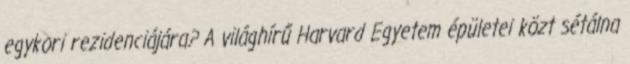
egykori rezidenciájára? A világhírű Harvard Egyetem épületei közt sétálna